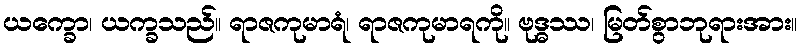
ယက္ခော၊ ယက္ခသည်။ ရာဇကုမာရံ၊ ရာဇကုမာရကို။ ဗုဒ္ဓဿ၊ မြတ်စွာဘုရားအား။